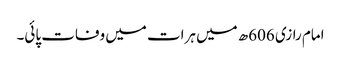
امام رازی 606ھ میں ہرات میں وفات پائی۔